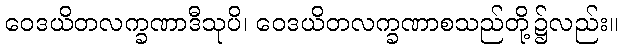
ဝေဒယိတလက္ခဏာဒီသုပိ၊ ဝေဒယိတလက္ခဏာစသည်တို့၌လည်း။